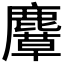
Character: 𪋛